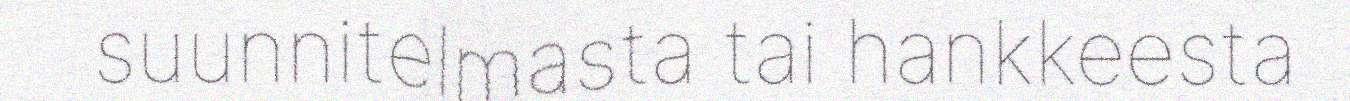
suunnitelmasta tai hankkeesta